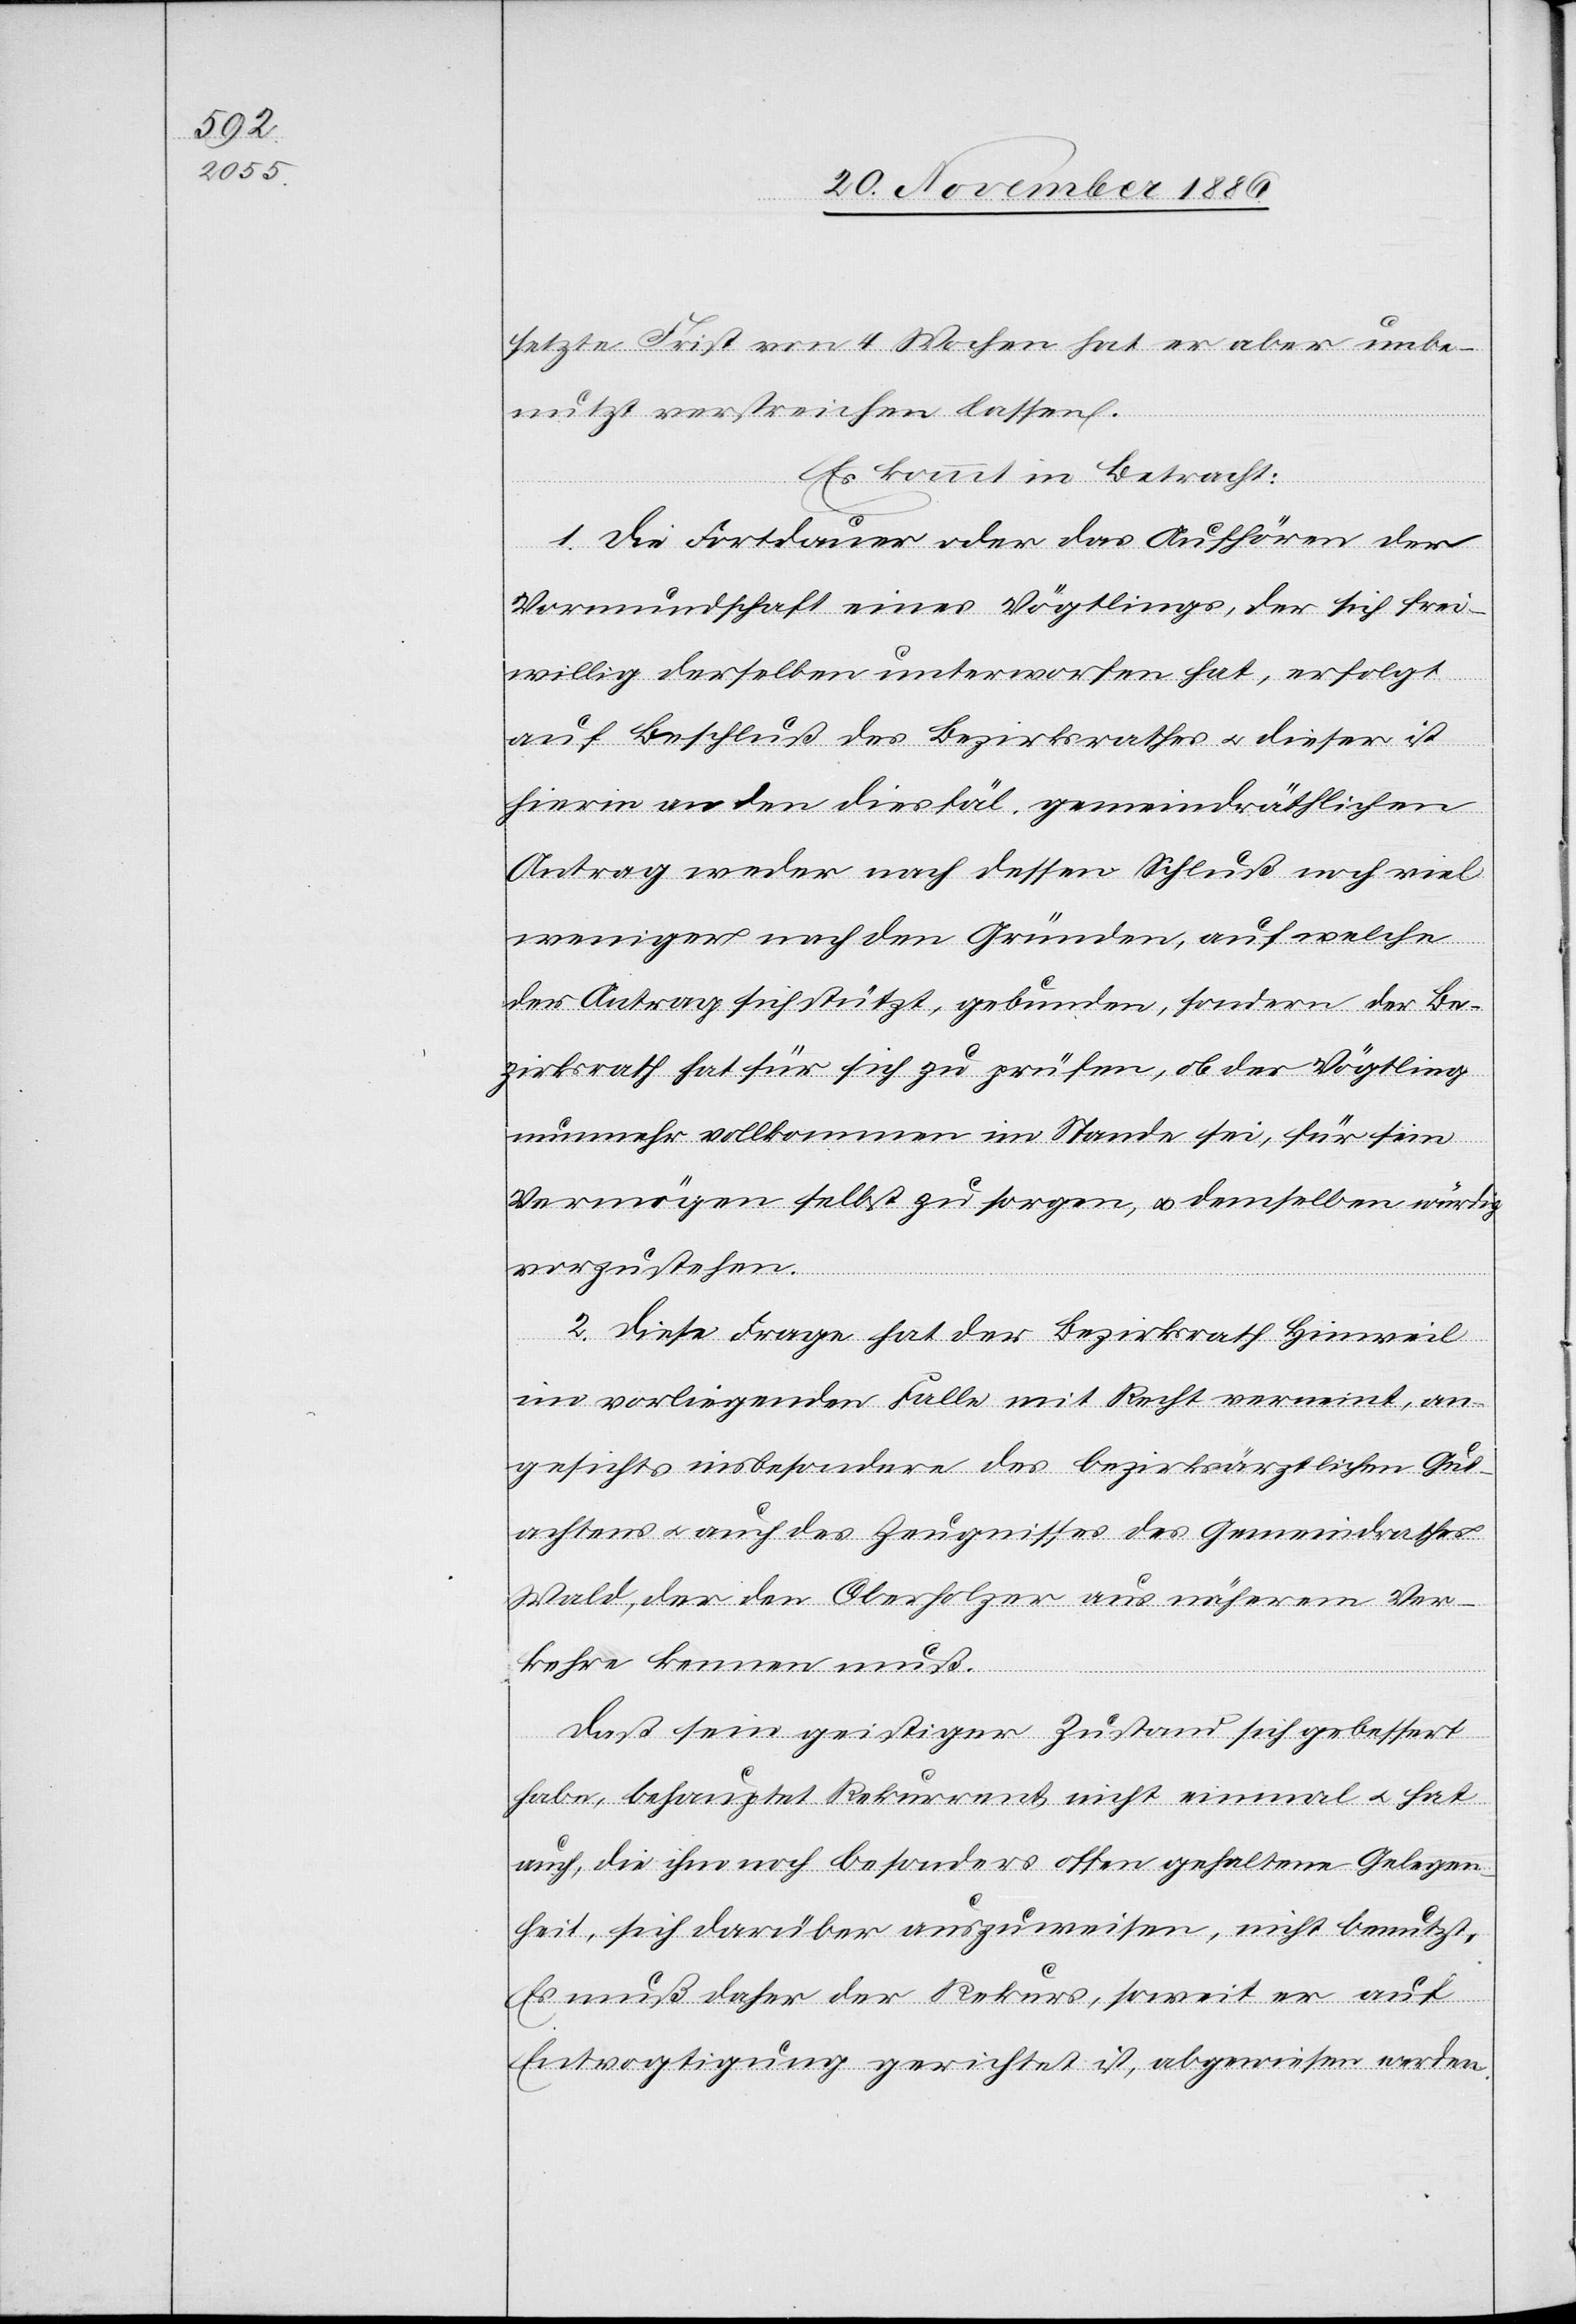
setzte Frist von 4 Wochen hat er aber unbe¬
nutzt verstreichen lassen.
Es kommt in Betracht:
1. Die Fortdauer oder das Aufhören der
Vormundschaft eines Vögtlings, der sich frei¬
willig derselben unterworfen hat, erfolgt
auf Beschluß des Bezirksrathes & dieser ist
hierin an den diesfäl. gemeindräthlichen
Antrag weder nach dessen Schluß noch viel
weniger nach den Gründen, auf welche
der Antrag sich stützt, gebunden, sondern der Be¬
zirksrath hat für sich zu prüfen, ob der Vögtling
nunmehr vollkommen im Stande sei, für sein
Vermögen selbst zu sorgen, & demselben würdig
vorzustehen.
2. Diese Frage hat der Bezirksrath Hinweil
im vorliegenden Falle mit Recht verneint, an¬
gesichts insbesondere des bezirksärztlichen Gut¬
achtens & auch des Zeugnisses des Gemeindrathes
Wald, der den Oberholzer aus näherem Ver¬
kehre kennen muß.
Daß sein geistiger Zustand sich gebessert
habe, behauptet Rekurrent nicht einmal & hat
auch, die ihm noch besonders offen gehaltene Gelegen¬
heit, sich darüber auszuweisen, nicht benutzt.
Es muß daher der Rekurs, soweit er auf
Entvogtigung gerichtet ist, abgewiesen werden.